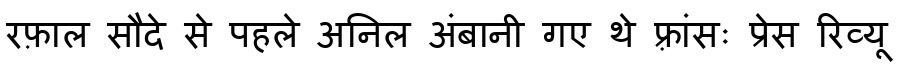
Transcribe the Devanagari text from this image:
रफ़ाल सौदे से पहले अनिल अंबानी गए थे फ़्रांसः प्रेस रिव्यू